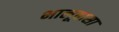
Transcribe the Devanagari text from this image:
भालूबासा